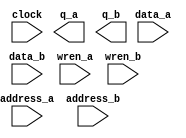
// megafunction wizard: %RAM: 2-PORT%VBB%
// GENERATION: STANDARD
// VERSION: WM1.0
// MODULE: altsyncram 

// ============================================================
// Megafunction Name(s):
// 			altsyncram
//
// Simulation Library Files(s):
// 			altera_mf
// ============================================================
// ************************************************************
// THIS IS A WIZARD-GENERATED FILE. DO NOT EDIT THIS FILE!
//
// 18.1.0 Build 625 09/12/2018 SJ Lite Edition
// ************************************************************

//Copyright (C) 2018  Intel Corporation. All rights reserved.
//Your use of Intel Corporation's design tools, logic functions 
//and other software and tools, and its AMPP partner logic 
//functions, and any output files from any of the foregoing 
//(including device programming or simulation files), and any 
//associated documentation or information are expressly subject 
//to the terms and conditions of the Intel Program License 
//Subscription Agreement, the Intel Quartus Prime License Agreement,
//the Intel FPGA IP License Agreement, or other applicable license
//agreement, including, without limitation, that your use is for
//the sole purpose of programming logic devices manufactured by
//Intel and sold by Intel or its authorized distributors.  Please
//refer to the applicable agreement for further details.

module ram_2port (
	address_a,
	address_b,
	clock,
	data_a,
	data_b,
	wren_a,
	wren_b,
	q_a,
	q_b);

	input	[7:0]  address_a;
	input	[7:0]  address_b;
	input	  clock;
	input	[7:0]  data_a;
	input	[7:0]  data_b;
	input	  wren_a;
	input	  wren_b;
	output	[7:0]  q_a;
	output	[7:0]  q_b;
`ifndef ALTERA_RESERVED_QIS
// synopsys translate_off
`endif
	tri1	  clock;
	tri0	  wren_a;
	tri0	  wren_b;
`ifndef ALTERA_RESERVED_QIS
// synopsys translate_on
`endif

endmodule

// ============================================================
// CNX file retrieval info
// ============================================================
// Retrieval info: PRIVATE: ADDRESSSTALL_A NUMERIC "0"
// Retrieval info: PRIVATE: ADDRESSSTALL_B NUMERIC "0"
// Retrieval info: PRIVATE: BYTEENA_ACLR_A NUMERIC "0"
// Retrieval info: PRIVATE: BYTEENA_ACLR_B NUMERIC "0"
// Retrieval info: PRIVATE: BYTE_ENABLE_A NUMERIC "0"
// Retrieval info: PRIVATE: BYTE_ENABLE_B NUMERIC "0"
// Retrieval info: PRIVATE: BYTE_SIZE NUMERIC "8"
// Retrieval info: PRIVATE: BlankMemory NUMERIC "0"
// Retrieval info: PRIVATE: CLOCK_ENABLE_INPUT_A NUMERIC "0"
// Retrieval info: PRIVATE: CLOCK_ENABLE_INPUT_B NUMERIC "0"
// Retrieval info: PRIVATE: CLOCK_ENABLE_OUTPUT_A NUMERIC "0"
// Retrieval info: PRIVATE: CLOCK_ENABLE_OUTPUT_B NUMERIC "0"
// Retrieval info: PRIVATE: CLRdata NUMERIC "0"
// Retrieval info: PRIVATE: CLRq NUMERIC "0"
// Retrieval info: PRIVATE: CLRrdaddress NUMERIC "0"
// Retrieval info: PRIVATE: CLRrren NUMERIC "0"
// Retrieval info: PRIVATE: CLRwraddress NUMERIC "0"
// Retrieval info: PRIVATE: CLRwren NUMERIC "0"
// Retrieval info: PRIVATE: Clock NUMERIC "0"
// Retrieval info: PRIVATE: Clock_A NUMERIC "0"
// Retrieval info: PRIVATE: Clock_B NUMERIC "0"
// Retrieval info: PRIVATE: IMPLEMENT_IN_LES NUMERIC "0"
// Retrieval info: PRIVATE: INDATA_ACLR_B NUMERIC "0"
// Retrieval info: PRIVATE: INDATA_REG_B NUMERIC "1"
// Retrieval info: PRIVATE: INIT_FILE_LAYOUT STRING "PORT_A"
// Retrieval info: PRIVATE: INIT_TO_SIM_X NUMERIC "0"
// Retrieval info: PRIVATE: INTENDED_DEVICE_FAMILY STRING "Cyclone V"
// Retrieval info: PRIVATE: JTAG_ENABLED NUMERIC "0"
// Retrieval info: PRIVATE: JTAG_ID STRING "NONE"
// Retrieval info: PRIVATE: MAXIMUM_DEPTH NUMERIC "0"
// Retrieval info: PRIVATE: MEMSIZE NUMERIC "2048"
// Retrieval info: PRIVATE: MEM_IN_BITS NUMERIC "0"
// Retrieval info: PRIVATE: MIFfilename STRING "../test.mif"
// Retrieval info: PRIVATE: OPERATION_MODE NUMERIC "3"
// Retrieval info: PRIVATE: OUTDATA_ACLR_B NUMERIC "0"
// Retrieval info: PRIVATE: OUTDATA_REG_B NUMERIC "1"
// Retrieval info: PRIVATE: RAM_BLOCK_TYPE NUMERIC "0"
// Retrieval info: PRIVATE: READ_DURING_WRITE_MODE_MIXED_PORTS NUMERIC "2"
// Retrieval info: PRIVATE: READ_DURING_WRITE_MODE_PORT_A NUMERIC "3"
// Retrieval info: PRIVATE: READ_DURING_WRITE_MODE_PORT_B NUMERIC "3"
// Retrieval info: PRIVATE: REGdata NUMERIC "1"
// Retrieval info: PRIVATE: REGq NUMERIC "1"
// Retrieval info: PRIVATE: REGrdaddress NUMERIC "0"
// Retrieval info: PRIVATE: REGrren NUMERIC "0"
// Retrieval info: PRIVATE: REGwraddress NUMERIC "1"
// Retrieval info: PRIVATE: REGwren NUMERIC "1"
// Retrieval info: PRIVATE: SYNTH_WRAPPER_GEN_POSTFIX STRING "0"
// Retrieval info: PRIVATE: USE_DIFF_CLKEN NUMERIC "0"
// Retrieval info: PRIVATE: UseDPRAM NUMERIC "1"
// Retrieval info: PRIVATE: VarWidth NUMERIC "0"
// Retrieval info: PRIVATE: WIDTH_READ_A NUMERIC "8"
// Retrieval info: PRIVATE: WIDTH_READ_B NUMERIC "8"
// Retrieval info: PRIVATE: WIDTH_WRITE_A NUMERIC "8"
// Retrieval info: PRIVATE: WIDTH_WRITE_B NUMERIC "8"
// Retrieval info: PRIVATE: WRADDR_ACLR_B NUMERIC "0"
// Retrieval info: PRIVATE: WRADDR_REG_B NUMERIC "1"
// Retrieval info: PRIVATE: WRCTRL_ACLR_B NUMERIC "0"
// Retrieval info: PRIVATE: enable NUMERIC "0"
// Retrieval info: PRIVATE: rden NUMERIC "0"
// Retrieval info: LIBRARY: altera_mf altera_mf.altera_mf_components.all
// Retrieval info: CONSTANT: ADDRESS_REG_B STRING "CLOCK0"
// Retrieval info: CONSTANT: CLOCK_ENABLE_INPUT_A STRING "BYPASS"
// Retrieval info: CONSTANT: CLOCK_ENABLE_INPUT_B STRING "BYPASS"
// Retrieval info: CONSTANT: CLOCK_ENABLE_OUTPUT_A STRING "BYPASS"
// Retrieval info: CONSTANT: CLOCK_ENABLE_OUTPUT_B STRING "BYPASS"
// Retrieval info: CONSTANT: INDATA_REG_B STRING "CLOCK0"
// Retrieval info: CONSTANT: INIT_FILE STRING "../test.mif"
// Retrieval info: CONSTANT: INTENDED_DEVICE_FAMILY STRING "Cyclone V"
// Retrieval info: CONSTANT: LPM_TYPE STRING "altsyncram"
// Retrieval info: CONSTANT: NUMWORDS_A NUMERIC "256"
// Retrieval info: CONSTANT: NUMWORDS_B NUMERIC "256"
// Retrieval info: CONSTANT: OPERATION_MODE STRING "BIDIR_DUAL_PORT"
// Retrieval info: CONSTANT: OUTDATA_ACLR_A STRING "NONE"
// Retrieval info: CONSTANT: OUTDATA_ACLR_B STRING "NONE"
// Retrieval info: CONSTANT: OUTDATA_REG_A STRING "CLOCK0"
// Retrieval info: CONSTANT: OUTDATA_REG_B STRING "CLOCK0"
// Retrieval info: CONSTANT: POWER_UP_UNINITIALIZED STRING "FALSE"
// Retrieval info: CONSTANT: READ_DURING_WRITE_MODE_MIXED_PORTS STRING "DONT_CARE"
// Retrieval info: CONSTANT: READ_DURING_WRITE_MODE_PORT_A STRING "NEW_DATA_NO_NBE_READ"
// Retrieval info: CONSTANT: READ_DURING_WRITE_MODE_PORT_B STRING "NEW_DATA_NO_NBE_READ"
// Retrieval info: CONSTANT: WIDTHAD_A NUMERIC "8"
// Retrieval info: CONSTANT: WIDTHAD_B NUMERIC "8"
// Retrieval info: CONSTANT: WIDTH_A NUMERIC "8"
// Retrieval info: CONSTANT: WIDTH_B NUMERIC "8"
// Retrieval info: CONSTANT: WIDTH_BYTEENA_A NUMERIC "1"
// Retrieval info: CONSTANT: WIDTH_BYTEENA_B NUMERIC "1"
// Retrieval info: CONSTANT: WRCONTROL_WRADDRESS_REG_B STRING "CLOCK0"
// Retrieval info: USED_PORT: address_a 0 0 8 0 INPUT NODEFVAL "address_a[7..0]"
// Retrieval info: USED_PORT: address_b 0 0 8 0 INPUT NODEFVAL "address_b[7..0]"
// Retrieval info: USED_PORT: clock 0 0 0 0 INPUT VCC "clock"
// Retrieval info: USED_PORT: data_a 0 0 8 0 INPUT NODEFVAL "data_a[7..0]"
// Retrieval info: USED_PORT: data_b 0 0 8 0 INPUT NODEFVAL "data_b[7..0]"
// Retrieval info: USED_PORT: q_a 0 0 8 0 OUTPUT NODEFVAL "q_a[7..0]"
// Retrieval info: USED_PORT: q_b 0 0 8 0 OUTPUT NODEFVAL "q_b[7..0]"
// Retrieval info: USED_PORT: wren_a 0 0 0 0 INPUT GND "wren_a"
// Retrieval info: USED_PORT: wren_b 0 0 0 0 INPUT GND "wren_b"
// Retrieval info: CONNECT: @address_a 0 0 8 0 address_a 0 0 8 0
// Retrieval info: CONNECT: @address_b 0 0 8 0 address_b 0 0 8 0
// Retrieval info: CONNECT: @clock0 0 0 0 0 clock 0 0 0 0
// Retrieval info: CONNECT: @data_a 0 0 8 0 data_a 0 0 8 0
// Retrieval info: CONNECT: @data_b 0 0 8 0 data_b 0 0 8 0
// Retrieval info: CONNECT: @wren_a 0 0 0 0 wren_a 0 0 0 0
// Retrieval info: CONNECT: @wren_b 0 0 0 0 wren_b 0 0 0 0
// Retrieval info: CONNECT: q_a 0 0 8 0 @q_a 0 0 8 0
// Retrieval info: CONNECT: q_b 0 0 8 0 @q_b 0 0 8 0
// Retrieval info: GEN_FILE: TYPE_NORMAL ram_2port.v TRUE
// Retrieval info: GEN_FILE: TYPE_NORMAL ram_2port.inc FALSE
// Retrieval info: GEN_FILE: TYPE_NORMAL ram_2port.cmp FALSE
// Retrieval info: GEN_FILE: TYPE_NORMAL ram_2port.bsf FALSE
// Retrieval info: GEN_FILE: TYPE_NORMAL ram_2port_inst.v FALSE
// Retrieval info: GEN_FILE: TYPE_NORMAL ram_2port_bb.v TRUE
// Retrieval info: LIB_FILE: altera_mf